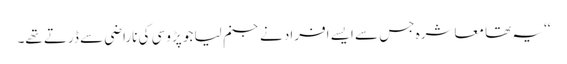
‘‘ یہ تھا معاشرہ جس سے ایسے افراد نے جنم لیا جو پڑوسی کی ناراضی سے ڈرتے تھے۔